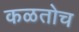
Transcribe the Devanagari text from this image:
कळतोच